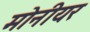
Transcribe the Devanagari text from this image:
मोनीयर